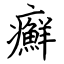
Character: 癬